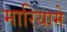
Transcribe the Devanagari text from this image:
मारियामे